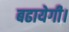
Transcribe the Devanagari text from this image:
बढायेगी।